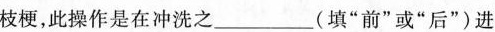
枝梗，此操作是在冲洗之___(填”前”或”后”)进